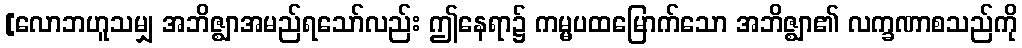
[လောဘဟူသမျှ အဘိဇ္ဈာအမည်ရသော်လည်း ဤနေရာ၌ ကမ္မပထမြောက်သော အဘိဇ္ဈာ၏ လက္ခဏာစသည်ကို